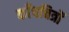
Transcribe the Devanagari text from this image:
काँचचित्रों